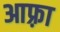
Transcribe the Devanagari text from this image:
आफ़्रा